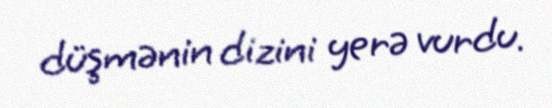
düşmənin dizini yerə vurdu.